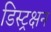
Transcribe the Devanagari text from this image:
डिस्ट्रक्षन